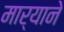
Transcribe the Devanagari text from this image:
मार्याने